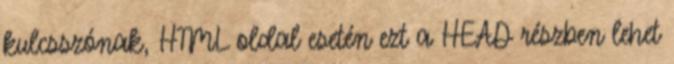
kulcsszónak, HTML oldal esetén ezt a HEAD részben lehet